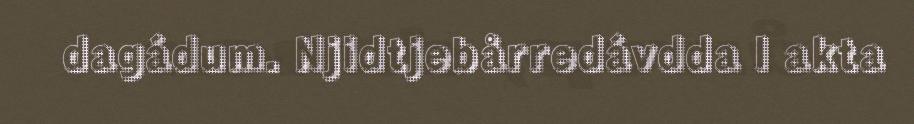
dagádum. Njidtjebårredávdda l akta